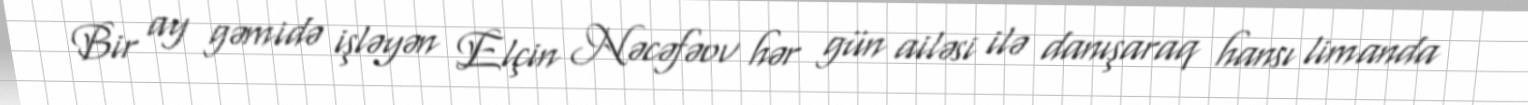
Bir ay gəmidə işləyən Elçin Nəcəfəov hər gün ailəsi ilə danışaraq hansı limanda